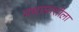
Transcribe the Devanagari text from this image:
मधामाशीला